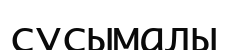
сусымалы